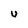
Character: U